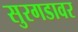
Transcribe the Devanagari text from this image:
सुरगडावर